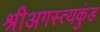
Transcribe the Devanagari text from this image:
श्रीअगस्त्यकुंड